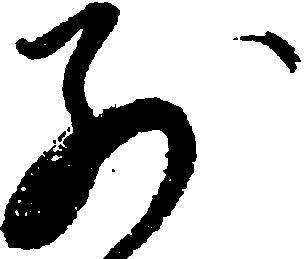
別